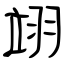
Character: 翊